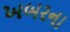
ખબરના